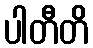
ပါတီတိ